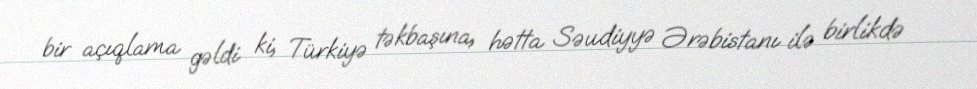
bir açıqlama gəldi ki, Türkiyə təkbaşına, hətta Səudiyyə Ərəbistanı ilə birlikdə